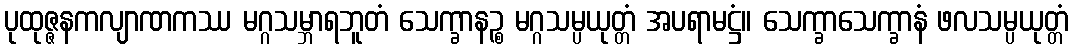
ပုထုဇ္ဇနကလျာဏကဿ မဂ္ဂသမ္ဘာရဘူတံ သေက္ခာနဉ္စ မဂ္ဂသမ္ပယုတ္တံ အပရာမဋ္ဌံ။ သေက္ခာသေက္ခာနံ ဖလသမ္ပယုတ္တံ